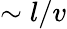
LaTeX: \sim l/v